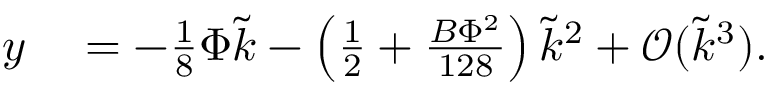
\begin{array} { r l } { y } & { { } = - \frac { 1 } { 8 } \Phi \tilde { \mathcal { k } } - \left( \frac { 1 } { 2 } + \frac { B \Phi ^ { 2 } } { 1 2 8 } \right) \tilde { \mathcal { k } } ^ { 2 } + \mathcal { O } ( \tilde { \mathcal { k } } ^ { 3 } ) . } \end{array}